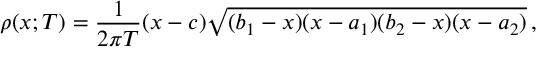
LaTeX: \rho ( x ; T ) = \frac { 1 } { 2 \pi T } ( x - c ) \sqrt { ( b _ { 1 } - x ) ( x - a _ { 1 } ) ( b _ { 2 } - x ) ( x - a _ { 2 } ) } \, ,